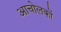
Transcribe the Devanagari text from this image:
आचोलकों